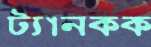
ট্যানকক